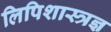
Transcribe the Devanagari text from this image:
लिपिशास्त्रज्ञ